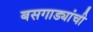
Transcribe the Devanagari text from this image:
बसगाड्यांची